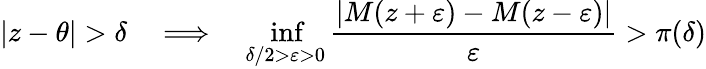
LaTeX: |z-\theta|>\delta\quad\Longrightarrow\quad\operatorname*{inf}_{\delta/2>\varepsilon>0}{\frac{|M(z+\varepsilon)-M(z-\varepsilon)|}{\varepsilon}}>\pi(\delta)